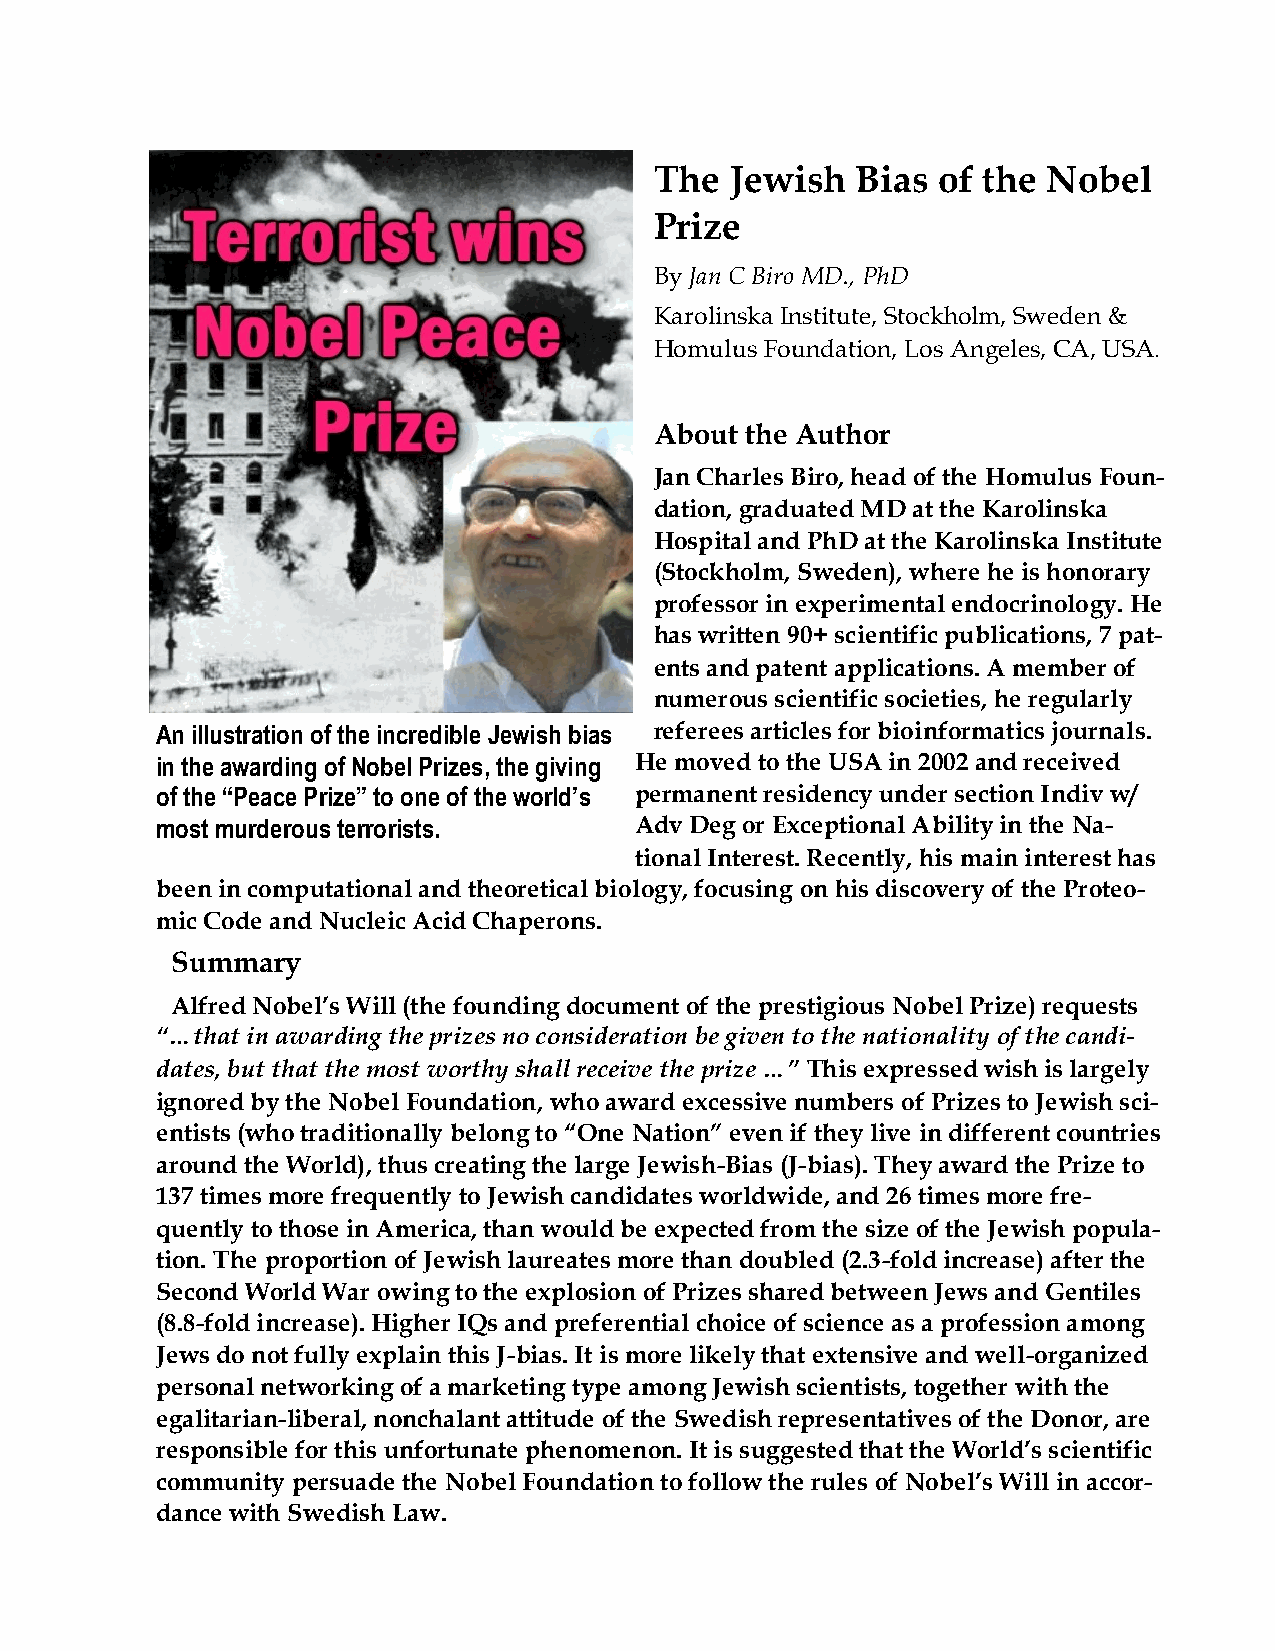
The  Jewish   Bias of the Nobel
 Prize
 By Jan C Biro MD., PhD
 Karolinska Institute, Stockholm, Sweden &
 Homulus Foundation, Los Angeles, CA, USA.
 About the Author
 Jan Charles Biro, head of the Homulus Foun-
 dation, graduated MD at the Karolinska
 Hospital and PhD at the Karolinska Institute
 (Stockholm, Sweden), where he is honorary
 professor in experimental endocrinology. He
 has written 90+ scientific publications, 7 pat-
 ents and patent applications. A member of
 numerous scientific societies, he regularly
 An illustration of the incredible Jewish bias referees articles for bioinformatics journals.
 in the awarding of Nobel Prizes, the giving He moved to the USA in 2002 and received
 of the “Peace Prize” to one of the world’s permanent residency under section Indiv w/
 most murderous terrorists.      Adv Deg or Exceptional Ability in the Na-
 tional Interest. Recently, his main interest has
 been in computational and theoretical biology, focusing on his discovery of the Proteo-
 mic Code and Nucleic Acid Chaperons.
 Summary
 Alfred Nobel’s Will (the founding document of the prestigious Nobel Prize) requests
 “…that in awarding the prizes no consideration be given to the nationality of the candi-
 dates, but that the most worthy shall receive the prize …” This expressed wish is largely
 ignored by the Nobel Foundation, who award excessive numbers of Prizes to Jewish sci-
 entists (who traditionally belong to “One Nation” even if they live in different countries
 around the World), thus creating the large Jewish-Bias (J-bias). They award the Prize to
 137 times more frequently to Jewish candidates worldwide, and 26 times more fre-
 quently to those in America, than would be expected from the size of the Jewish popula-
 tion. The proportion of Jewish laureates more than doubled (2.3-fold increase) after the
 Second World War owing to the explosion of Prizes shared between Jews and Gentiles
 (8.8-fold increase). Higher IQs and preferential choice of science as a profession among
 Jews do not fully explain this J-bias. It is more likely that extensive and well-organized
 personal networking of a marketing type among Jewish scientists, together with the
 egalitarian-liberal, nonchalant attitude of the Swedish representatives of the Donor, are
 responsible for this unfortunate phenomenon. It is suggested that the World’s scientific
 community persuade the Nobel Foundation to follow the rules of Nobel’s Will in accor-
 dance with Swedish Law.